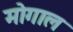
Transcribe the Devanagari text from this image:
मोगाल